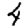
Digit: 4